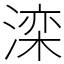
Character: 滦